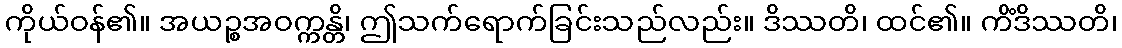
ကိုယ်ဝန်၏။ အယဉ္စအဝက္ကန္တိ၊ ဤသက်ရောက်ခြင်းသည်လည်း။ ဒိဿတိ၊ ထင်၏။ ကိံဒိဿတိ၊